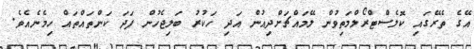
އޭގެ ތެރޭގައި ކޮލެސްޓްރޯލްމަތިވުން ލޭމައްޗަށްދިއުން އަދި ހަކުރު ބަލިޖެހުން ފަދަ ކަންތައްތައް ހިމެނެއެވެ.